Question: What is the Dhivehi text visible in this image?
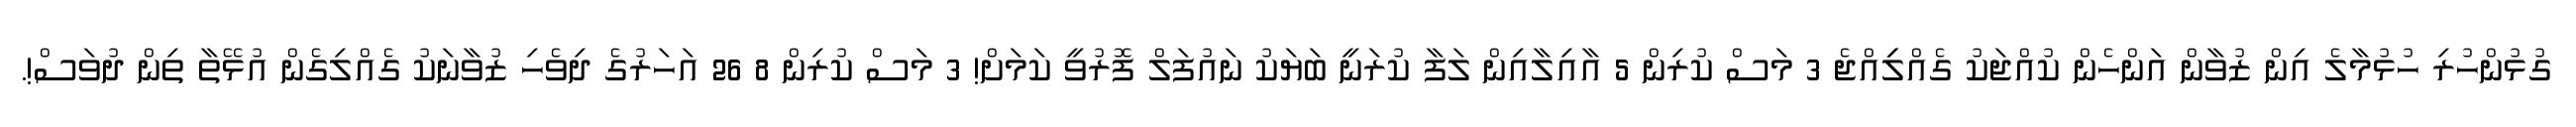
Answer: ގުޅުންހުރި ހުޅުމާލެ އިން ޒުވާން އަންހެން ކުއްޖަކު ގެއްލިިއްޖެ 3 މަސް ކުރިން 5 އާއިލާއިން ލަފާ ކުރަނީ ބަޔަކު ނައުފަލް ފޮރުވީ ކަމަށް! 3 މަސް ކުރިން 8 26 އަހަރުގެ ދިވެހި ޒުވާނަކު ގެއްލިގެން އުޅޭތާ ތިން ދުވަސް!.